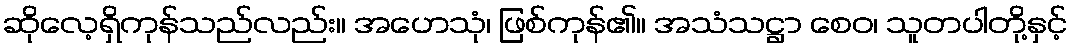
ဆိုလေ့ရှိကုန်သည်လည်း။ အဟေသုံ၊ ဖြစ်ကုန်၏။ အသံသဋ္ဌာ စေဝ၊ သူတပါတို့နှင့်